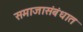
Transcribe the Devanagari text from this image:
समाजासंबंधात